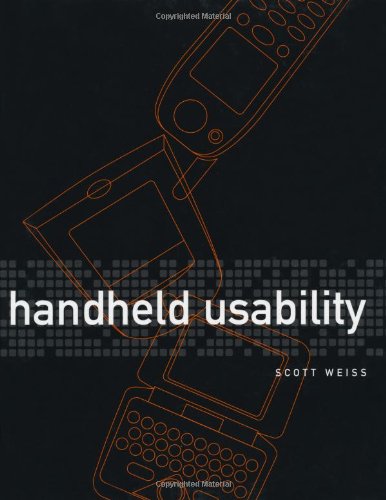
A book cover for Handheld Usability; Scott Weiss; Computers & Technology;